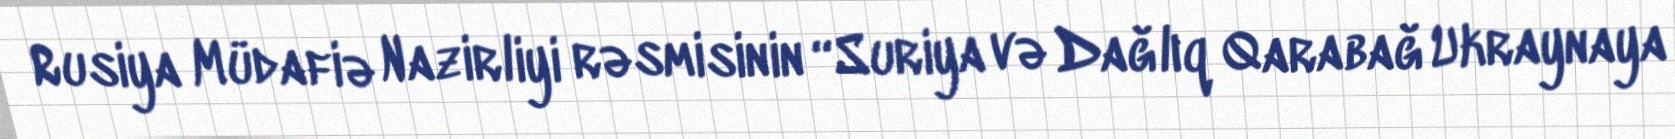
Rusiya Müdafiə Nazirliyi rəsmisinin “Suriya və Dağlıq Qarabağ Ukraynaya